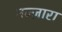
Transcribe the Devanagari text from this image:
नज्ज़ारा